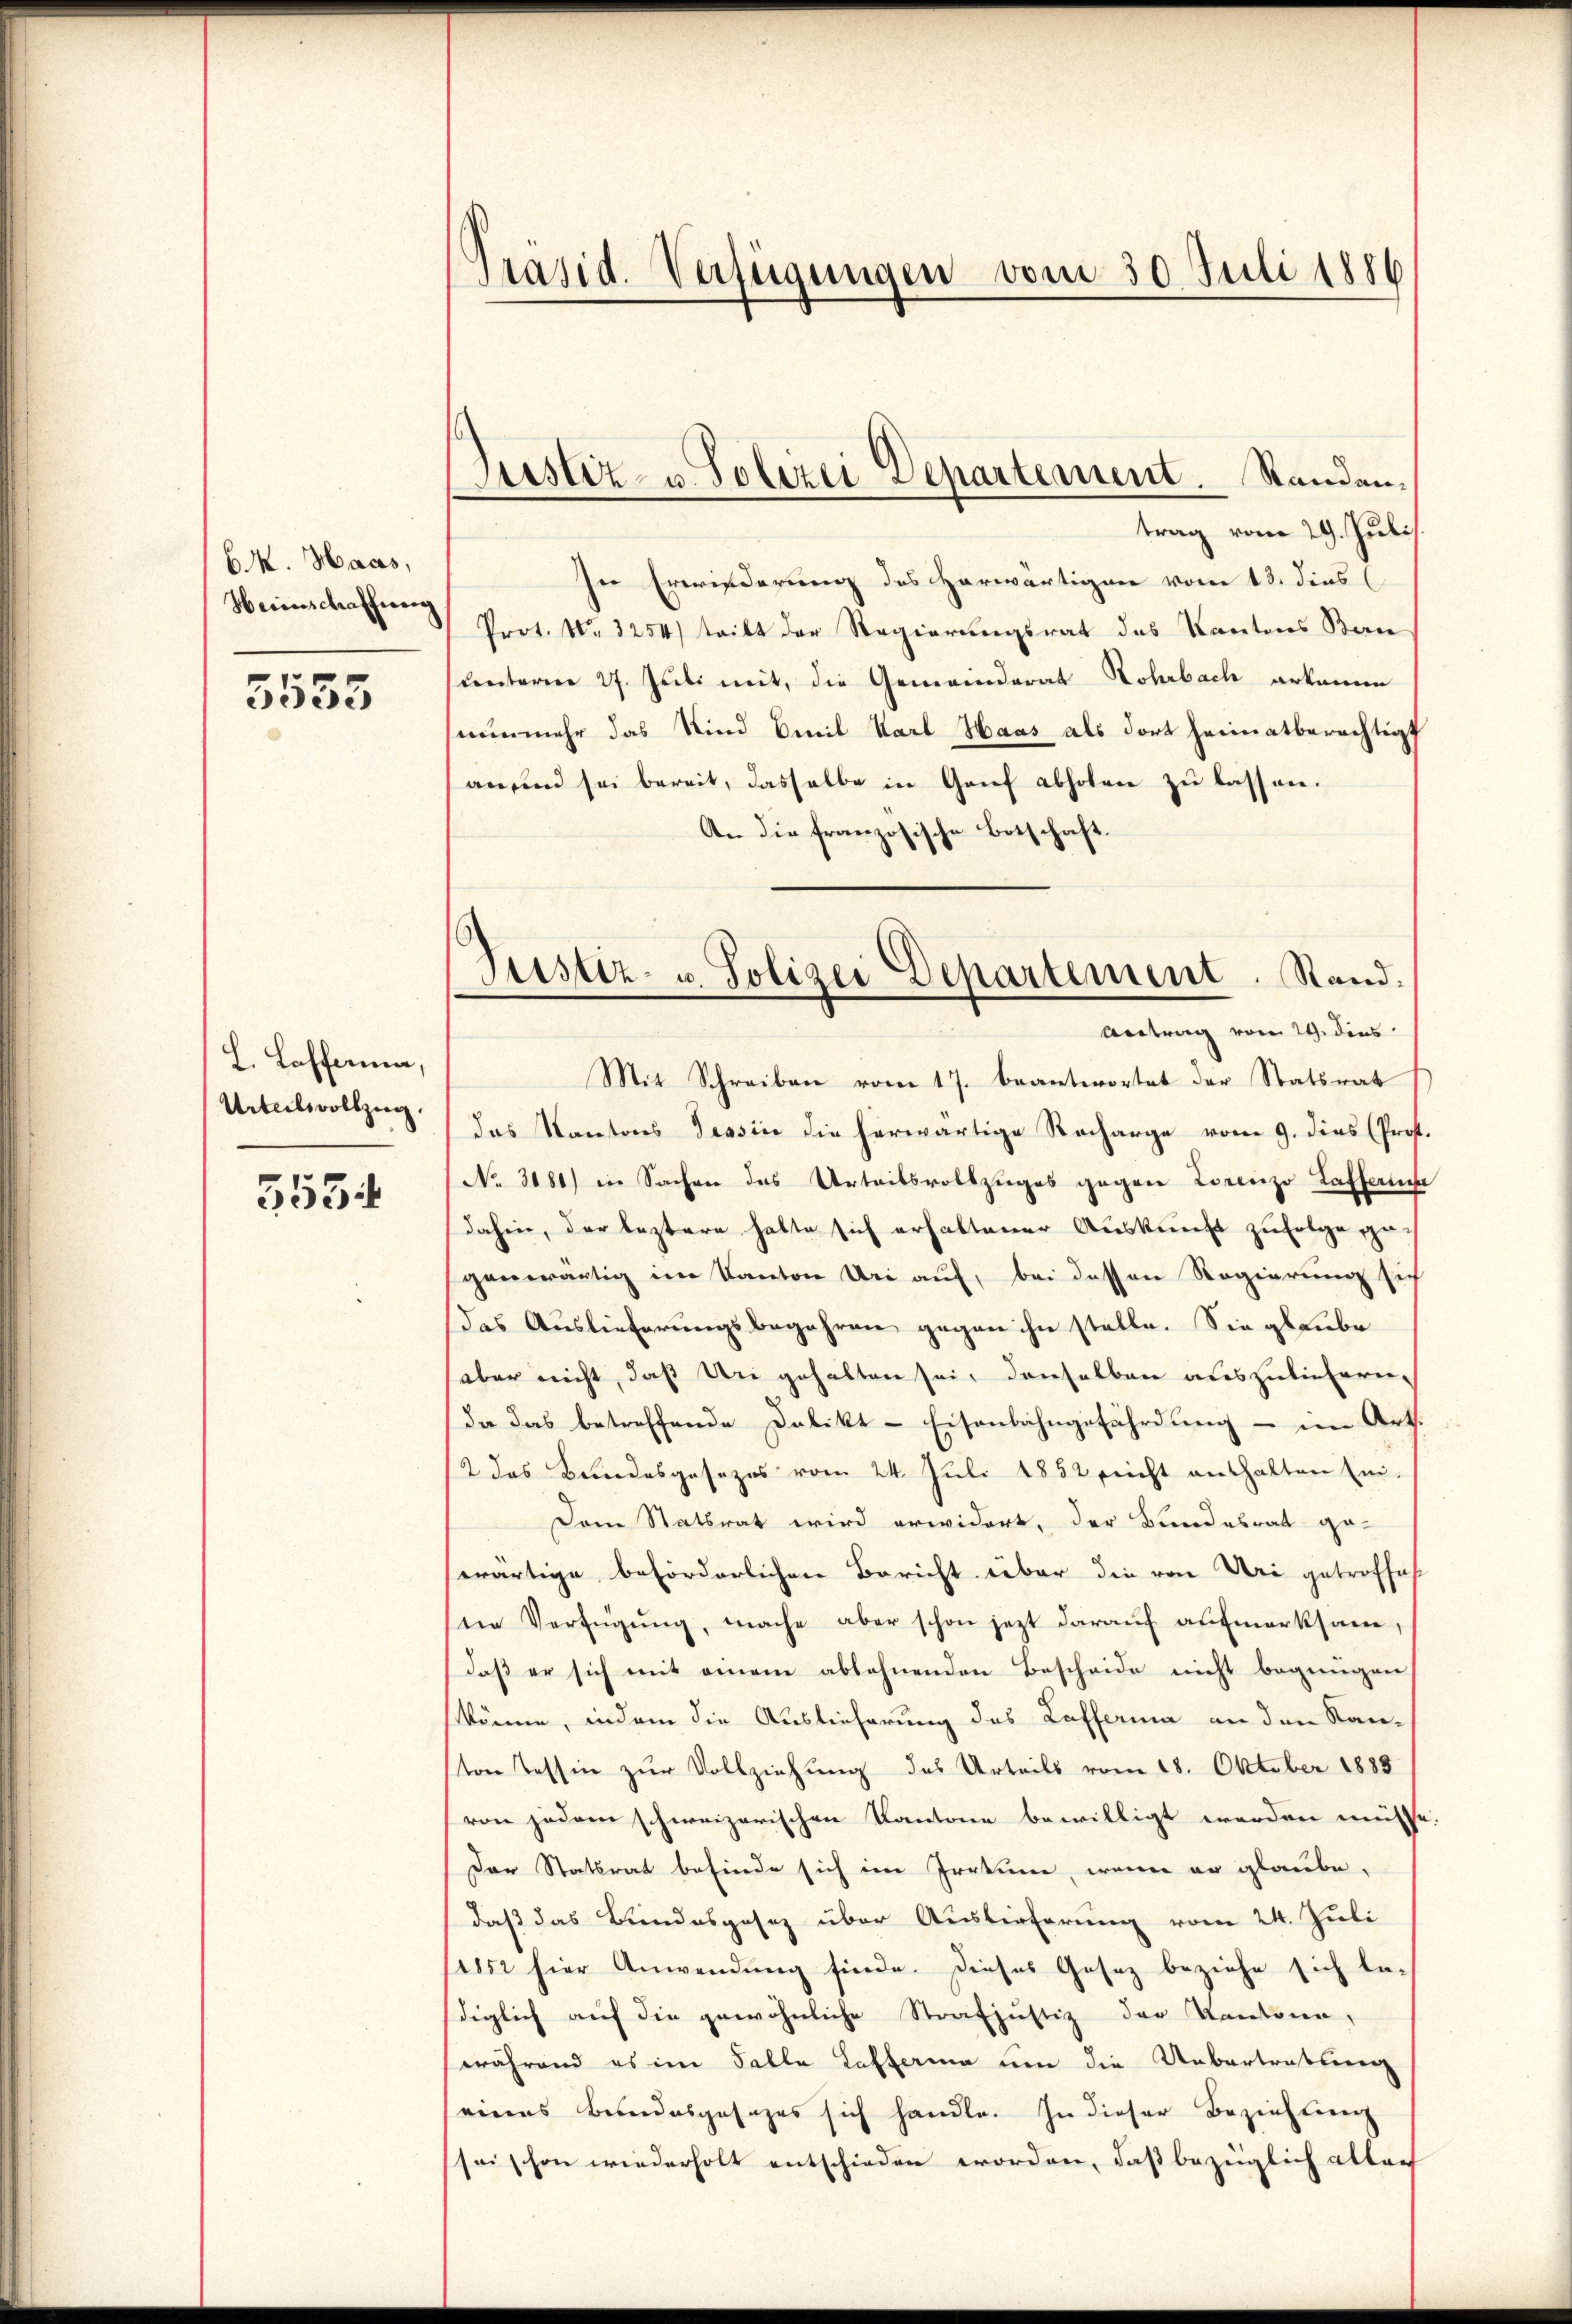
BR. Haas,
Weinschaffung

5553

L. Laffen,
Urteilsvollzug.

353

Präsid. Verfügungen vom 30. Juli 1886

Justiz- u Polizei Departement. Standan¬

Justiz- u. Polizei Departement. Stand:
Antrag vom 29. dies
Mit Schreiben vom 17. beantwortet der Statsrat

trag vom 29. Juli
In Erwiederung des herwärtigen vom 13. dies
Prot. No. 3254) teilt der Regierungsrat des Kantons Bern
centerm 27. Juli mit, die Gemeinderat Kohrbach erkanne
nunmehr das Kind Emil Karl Haas als dort heimatberechtigt
an sind sei bereit, dasselbe in Genf abholen zu lassen.
An die französische Botschaft
das Kantons Tessin die herwärtige Recharge vom 9. dies (Prof.
No 3181) in Sachen des Urteilsvollzuges gegen Lorenzo Kaffen
dahin, der leztere halte sich erhaltener Auskunft zufolge gegenwärtig im Kanton Uri auf, bei dessen Regierung sich
das Auslieferungsbegehren gegen ihn stelle. Sie glaube
(aber nicht, daß Uri gehalten sei, denselben auszuliefern.
Da das betreffende Dolikt-Eisenbahngefährdung - im Art.
2 das Bundesgesezes vom 24. Juli 1852 recht enthalten En-
Dem Stattrat wird erwidert, der Bundesrat ge-
wärtige beförderlichen Bericht über die von Uri getroffes
eie Verfügung, mache aber schon jezt darauf aufmerksam,
daß er sich mit einem ablehnenden Bescheide nicht begnügen
könne, indem die Auslieferung des Lafferina an den Kanton Tessin zur Vollziehung des Urteils vom 18. Oktober 1883
von jedem schweizerischen Kantone bewilligt werden müsse
Der Statsrat befinde sich im Irrtume, wenn er glaube.
daß das Bundesgesez über Auslieferung vom 24. Juli
1852 hier Anwendung finde. Dieses Gesez beziehe sich ladiglich auf die gewöhnliche Strafjustiz der Kantone,
während es im Falle Lafferina um die Uebertretteren
eines Besendesgesezes sich handle. In dieser Beziehung
seischon wiederholt entschieden worden, daß bezüglich allen